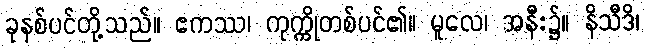
ခုနစ်ပင်တို့သည်။ ဧကဿ၊ ကုက္ကိုတစ်ပင်၏။ မူလေ၊ အနီး၌။ နိသီဒိ၊